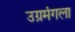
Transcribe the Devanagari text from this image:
उग्रमंगला